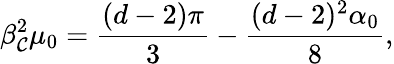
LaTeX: \beta_{\mathcal{C}}^{2}\mu_{0}=\frac{{(d-2)\pi}}{{3}}-\frac{{(d-2)^{2}\alpha_{0}}}{{8}},